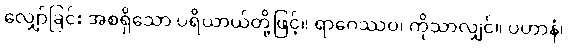
လျှော်ခြင်း အစရှိသော ပရိယာယ်တို့ဖြင့်။ ရာဂေဿဝ၊ ကိုသာလျှင်။ ပဟာနံ၊